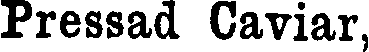
Pressad Caviar,